画像に写った文字を読んでください
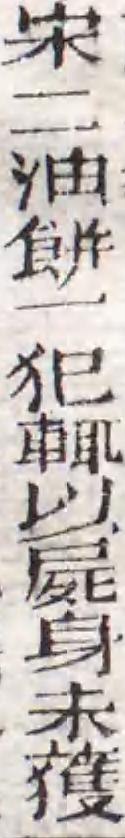
「宋二油餅一犯輒以屍身未獲」と書いてあります